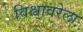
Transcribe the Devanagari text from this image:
विश्वावरेला